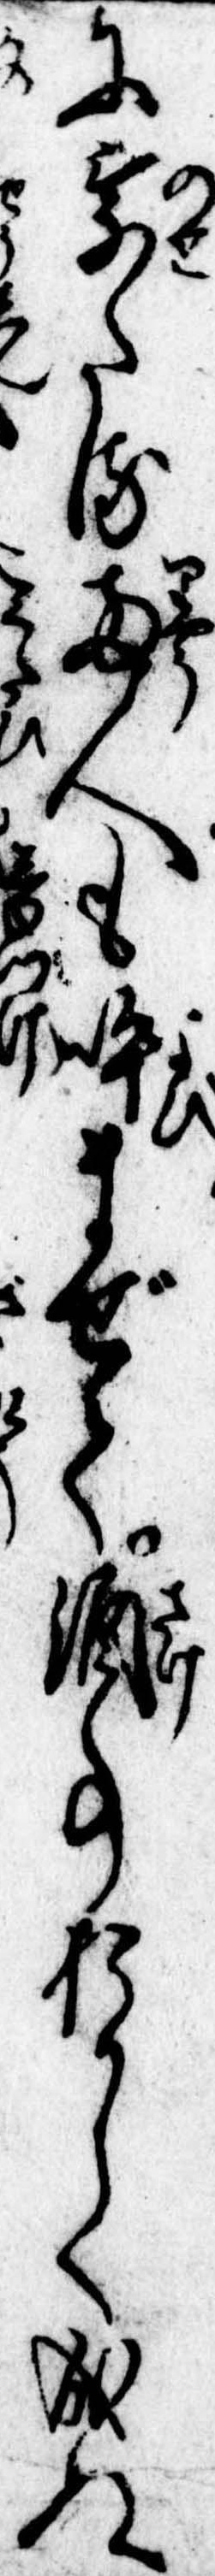
に乗たる両人も呼まぜて酒事おかしく成ぬ